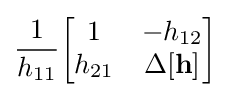
{\frac {1}{h_{11}}}{\begin{bmatrix}1&-h_{12}\\h_{21}&\Delta \mathbf {[h]} \end{bmatrix}}